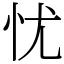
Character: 忧